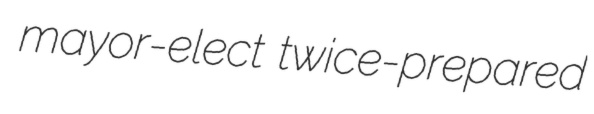
mayor-elect twice-prepared